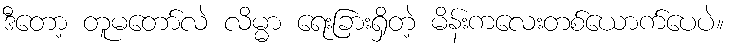
ဒီတော့ တူမတော်လဲ လိမ္မာ ရေးခြားရှိတဲ့ မိန်းကလေးတစ်ယောက်ပေပဲ။